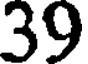
39